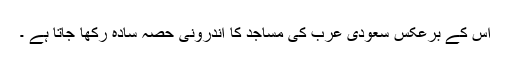
اس کے برعکس سعودی عرب کی مساجد کا اندرونی حصہ سادہ رکھا جاتا ہے ۔